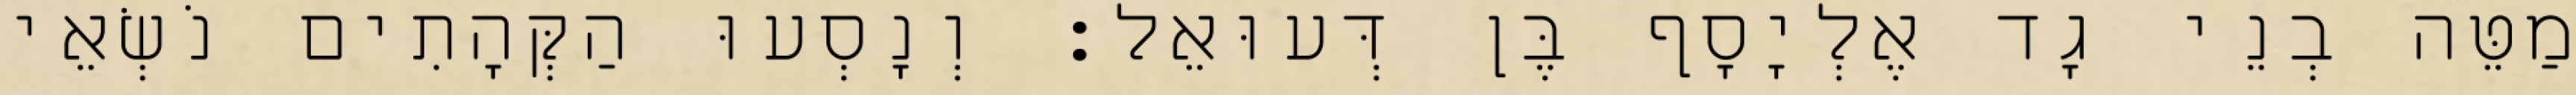
מַטֵּה בְנֵי גָד אֶלְיָסָף בֶּן דְּעוּאֵל׃ וְנָסְעוּ הַקְּהָתִים נֹשְׂאֵי